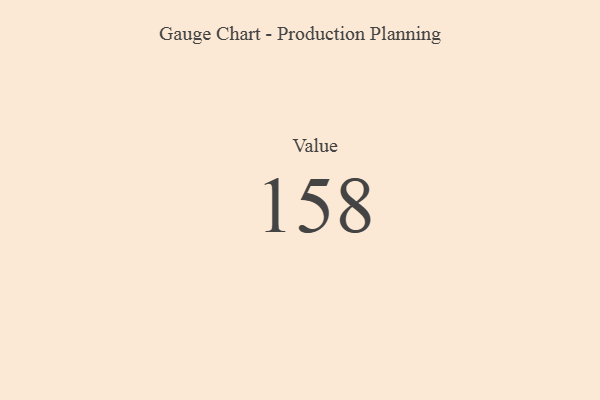
{"axis": {"x": "Metric", "y": "Value"}, "legend": [""], "data": [{"x": "Value", "y": 158, "type": ""}]}